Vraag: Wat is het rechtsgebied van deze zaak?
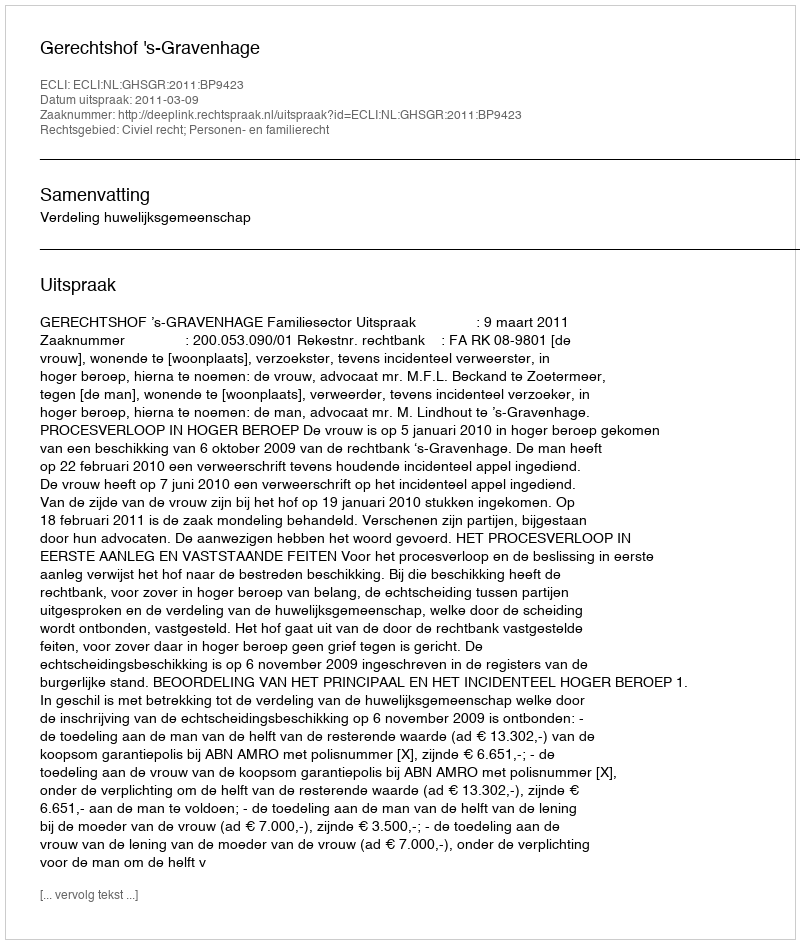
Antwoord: Civiel recht; Personen- en familierecht